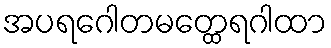
အပရဂေါတမတ္ထေရဂါထာ